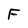
Character: F